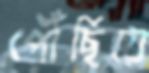
পৌঁছিয়ে